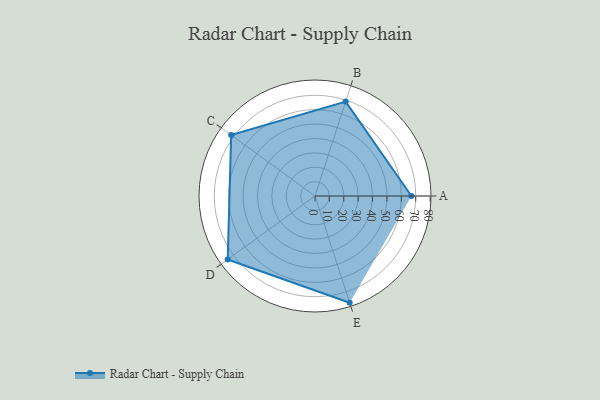
{"axis": {"x": "Skill", "y": "Score"}, "legend": ["Profile"], "data": [{"x": "A", "y": 67.0, "type": "Profile"}, {"x": "B", "y": 69.0, "type": "Profile"}, {"x": "C", "y": 72.0, "type": "Profile"}, {"x": "D", "y": 75.0, "type": "Profile"}, {"x": "E", "y": 78.0, "type": "Profile"}]}